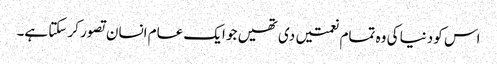
اس کو دنیا کی وہ تمام نعمتیں دی تھیں جو ایک عام انسان تصور کر سکتا ہے۔